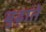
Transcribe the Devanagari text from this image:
बुढ़ाते